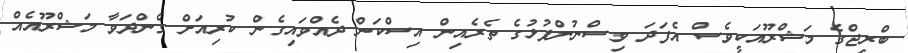
ބްރިޖްގެ މަޝްރޫއަކީވެސް އެފަދަ ވިސްނުންފުޅުގެ ތެރެއިން އިސްކަން ދެއްވައިގެން ކުރިއަށް ގެންދަވާ މަޝްރޫއެއް